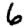
Digit: 6